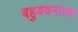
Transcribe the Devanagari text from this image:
बहुवचनांतक